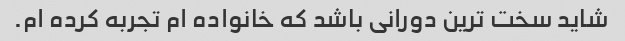
شاید سخت ترین دورانی باشد که خانواده ام تجربه کرده ام.